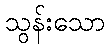
သွန်းသော